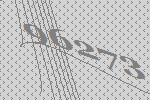
96273